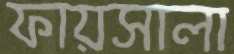
ফায়সালা